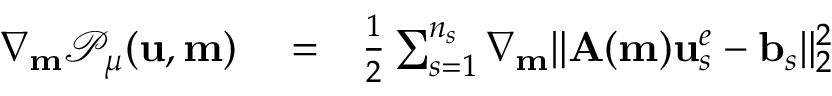
\begin{array} { r l r } { \nabla _ { \mathbf { m } } \mathcal { P } _ { \mu } ( \mathbf { u } , \mathbf { m } ) } & { { } = } & { \frac { 1 } { 2 } \sum _ { s = 1 } ^ { n _ { s } } \nabla _ { \mathbf { m } } \| \mathbf { A } ( \mathbf { m } ) \mathbf { u } _ { s } ^ { e } - \mathbf { b } _ { s } \| _ { 2 } ^ { 2 } } \end{array}